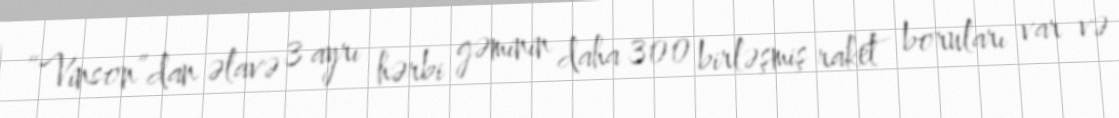
“Vinson”dan əlavə 3 ayrı hərbi gəminin daha 300 birləşmiş raket boruları var və